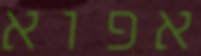
אפוא